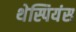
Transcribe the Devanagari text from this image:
थेस्पियंस